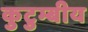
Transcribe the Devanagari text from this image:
कुटुम्बीय